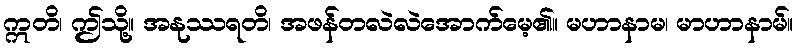
ဣတိ၊ ဤသို့။ အနုဿရတိ၊ အဖန်တလဲလဲအောက်မေ့၏။ မဟာနာမ၊ မာဟာနာမ်။